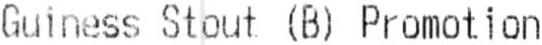
GUINESS STOUT (B) PROMOTION